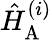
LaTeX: \hat{H}_{\mathrm{A}}^{(i)}